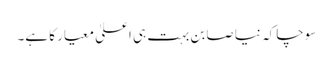
سوچا کہ نیا صابن بہت ہی اعلیٰ معیار کا ہے۔